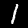
Digit: 1